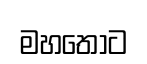
මහතොට